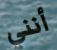
أنني